Papers set at the Examination for Leaving Certificates, 1889
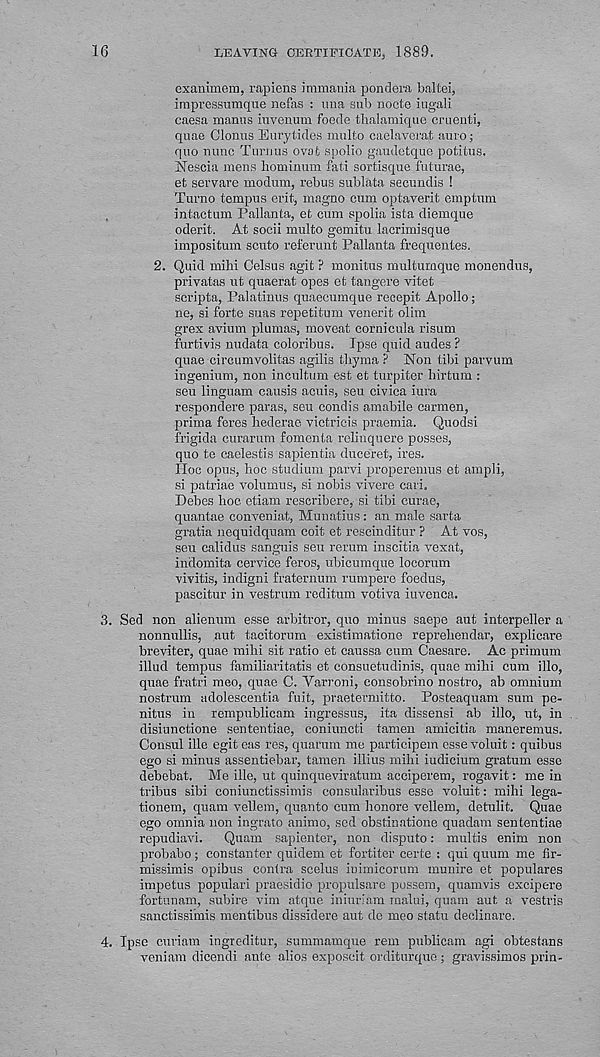
16
LEAVING CERTIFICATE, 1889.
exanimein, rapiens immania pondera baltei,
irnpressnraque nefas : una sub nocte iugali
caesa manus invenum foede tbalamique crnenti,
quae Clonus Eurytides multo caelaveral auro;
quo nunc Turnus ovafc spolio gaudetque potitus.
Nescia mens hominum fati sortisque futurae,
et servare modum, rebus sublata secundis !
Turno tempus evil, magno cum optaverit emptum
,
inlactum Pallanta, efc cum spolia ista diemque
oderit. At socii multo gemitu lacrimisque
impositum scuto referunt Pallanta frequentes.
2.
Quid mihi Cels
privatas ut quaerat opes et tangere vitet
scripta, Palatinus quaecumque recepit Apollo;
ne, si forte suas repetitum venerit olim
grex avium plumas, moveat cornicula risum
furtivis nudata coloribus. Ipse quid audes ?
quae circumvolitas agilis tbyma P Non tibi parvum
ingenium, non incultum est et turpiter hirtum :
seu linguam causis acuis, seu civica iura
respondere paras, seu condis amabile carmen,
prima feres hederae victricis praemia. Quodsi
frigida curarum fomonta relinquere posses,
quo te caelestis sapientia duceret, ires.
Hoc opus, hoc studium parvi properemus et ampli,
si patriae volumus, si nobis vivere cari.
Debes hoe etiam reseribere, si tibi curae,
quantae conveniat, Munatius : an male sarta
gratia nequidquam coit et rescinditur ? At vos,
seu calidus sanguis seu rerum inscitia vexat,
indomita cervice feros, ubicumque locorum
vivitis, indigni fraternum rumpere foedus,
pascitur in vestrum reditum votiva iuvenca.
3. Sed non aliemim esse arbitror, quo minus saepe aut interpeller a
nonnullis, aut tacitorum existimatione reprehendar, explicare
breviter, quae mihi sit ratio et caussa cum Caesare. Ac primum
illud tempus familiaritatis et consuetudinis, quae mihi cum illo,
quae fratri meo, quae C. Yarroni, consobrino nostro, ab omnium
nostrum adolescentia fuit, praetermitto. Posteaquam sum pe-
nitus in rempublicam ingressus, ita dissensi ab illo, ut, in
disiunctione sententiae, coniuncti tamen amicitia maneremus.
Consul ille egit eas res, quarum me participem esse voluit: quibus
ego si minus assentiebar, tamen illius mihi indicium gratum esse
debebat. Me ille, ut quinqueviratum acciperem, rogavit: me in
tribus sibi coniunctissimis eonsularibus esse voluit: mihi lega-
tionem, quam vellem, quanto cum honore vellem, detulit. Quae
ego omnia non ingrato animo, sed obstinatione quadam sententiae
repudiavi.
Quam sapienter, non dispute: multis enim non
probabo; constanter quidem et fortiter certe : qui quum me fir-
missimis opibus contra scelus iuimicorum munire et populares
impetus populari praesidio propulsare possem, quam vis excipere
fortunam, subire vim atque iniuriam malui, quam aut a vestris
sanctissimis mentibus dissidere aut de meo statu declinare.
4. Ipse curiam ingreditur, summamque rem publicam agi obtestans
veniam dicendi ante alios exposcit orditurque; gravissimos prin-